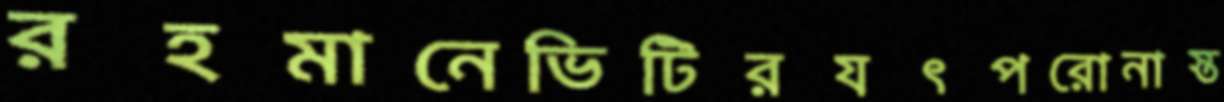
রহমানেভিটিরযৎপরোনাস্ত